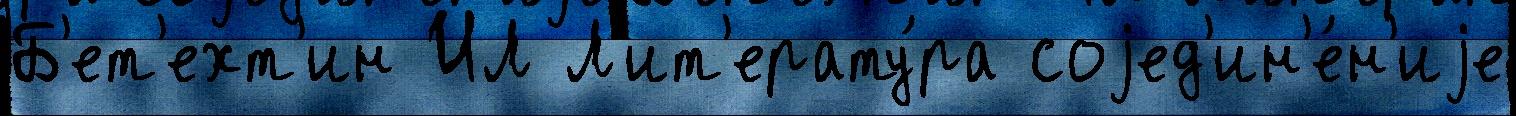
Б'ет'ехт'ин ИЛ Л'ит'ерату́ра соjед'ин'е́н'иjе